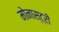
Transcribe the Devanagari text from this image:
मोनास्ट्री